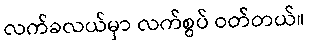
လက်ခလယ်မှာ လက်စွပ် ဝတ်တယ်။